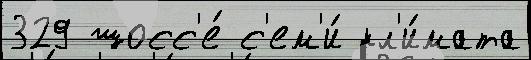
329 шосс'е́ с'ем'и́ кл'и́мата